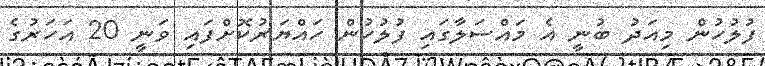
ފުލުހުން މިއަދު ބުނީ އެ މައްސަލާގައި ފުލުހުން ހައްޔަރުކޮށްފައި ވަނީ 20 އަހަރުގެ